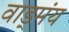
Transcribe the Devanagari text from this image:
वाड्मंय